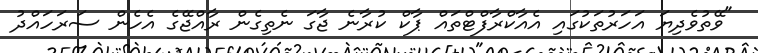
"ވޭތުވެދިޔަ އަހަރުތަކުގައި އެއާކްރާފްޓްތައް ޕާކް ކުރާނެ ޖާގަ ނެތިގެން ރާއްޖޭގެ އެހެން ސަރަހައްދު